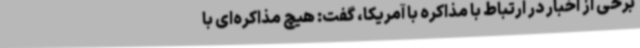
برخی از اخبار در ارتباط با مذاکره با آمریکا، گفت: هیچ مذاکره‌ای با